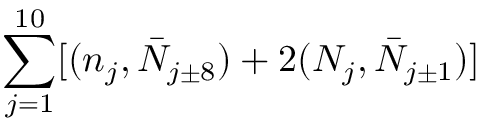
\sum _ { j = 1 } ^ { 1 0 } [ ( n _ { j } , \bar { N } _ { j \pm 8 } ) + 2 ( N _ { j } , \bar { N } _ { j \pm 1 } ) ]